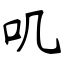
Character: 叽